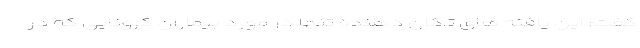
گفت: این یافته های تکان دهنده تنها در مورد بیماران کرونایی که در